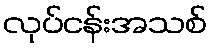
လုပ်ငန်းအသစ်